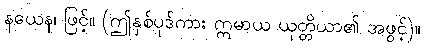
နယေန၊ ဖြင့်။ (ဤနှစ်ပုဒ်ကား ဣမာယ ယုတ္တိယာ၏ အဖွင့်)။